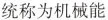
统称为机械能